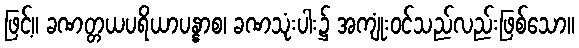
ဖြင့်။ ခဏတ္တယပရိယာပန္နာစ၊ ခဏသုံးပါး၌ အကျုံးဝင်သည်လည်းဖြစ်သော။